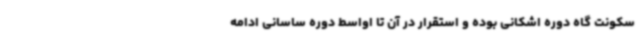
سکونت گاه دوره اشکانی بوده و استقرار در آن تا اواسط دوره ساسانی ادامه